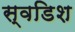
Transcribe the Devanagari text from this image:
स्वडिश